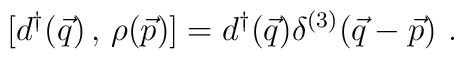
[d^{\dagger}(\vec{q})\,,\,\rho (\vec{p})]=d^{\dagger}(\vec{q})\delta^{(3)}(\vec{q}-\vec{p}) \,\,.